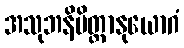
အသုဘနိမိတ္တာနုယောဂံ